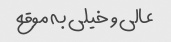
عالی و خیلی به موقع